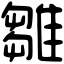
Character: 雛